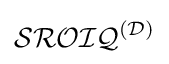
{\mathcal {SROIQ}}^{\mathcal {(D)}}